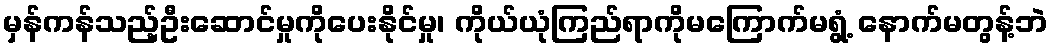
မှန်ကန်သည့်ဦးဆောင်မှုကိုပေးနိုင်မှု၊ ကိုယ်ယုံကြည်ရာကိုမကြောက်မရွံ့ နောက်မတွန့်ဘဲ